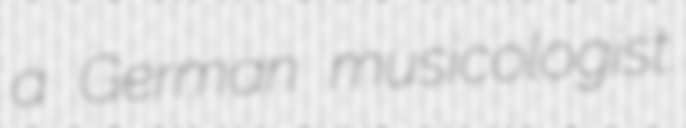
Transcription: a German musicologist.